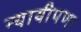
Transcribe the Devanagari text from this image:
न्यायीपणा